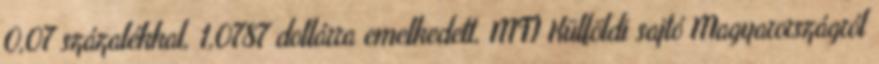
0,07 százalékkal, 1,0787 dollárra emelkedett. MTI Külföldi sajtó Magyarországról